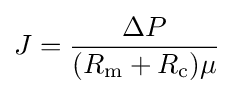
J={\frac {\Delta P}{(R_{\rm {m}}+R_{\rm {c}})\mu }}